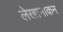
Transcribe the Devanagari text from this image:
लेखानाकन